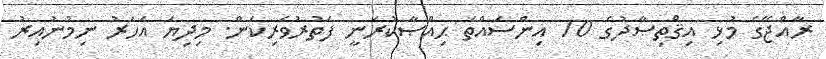
ރާއްޖޭގެ މުޅި އިޤްތިޞާދުގެ 70 އިންސައްތަ ޙިއްޞާކުރަނީ ފަތުރުވެރިކަން. މިދިޔަ އަހަރު ނިމުނުއިރު